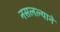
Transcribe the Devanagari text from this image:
नसलल्याने